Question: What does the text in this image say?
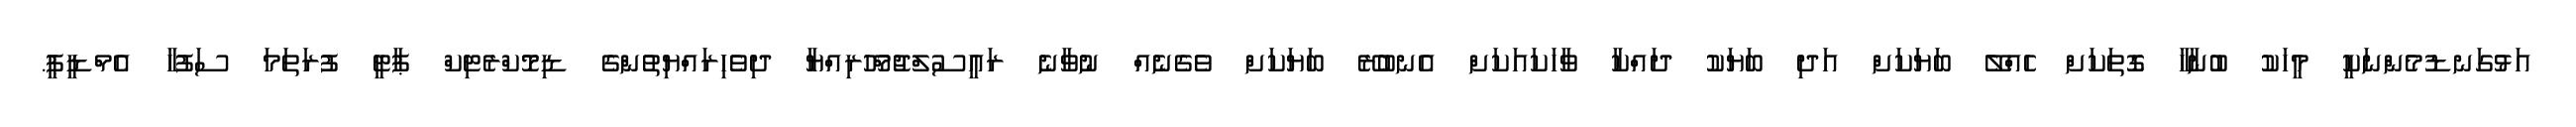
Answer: އަޅުގަނޑުމެންނަކީ މީހަކު ބުނާހާ ގޮތަކަށް ހެއްލޭ ބަޔަކަށް އަދި ބަޔަކު ދައްކާ ވާހަކައަކަށް އެނބުރޭ ބަޔަކަށް ވެގެނެއް ނުވާނެ ރައީސުލްޖުމްހޫރިއްޔާ ދިވެހިރައްޔިތުންގެ ޑިމޮކްރެޓިކް ޕާޓީ ފުރަތަމަ ސަފުހާ އެމްޑީޕީ.